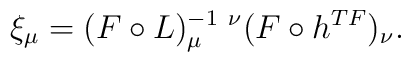
\xi_{\mu} = (F \circ L)^{-1 \ \nu} _{\mu}(F \circ h^{TF})_{\nu}.